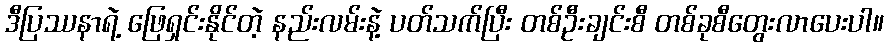
ဒီပြဿနာရဲ့ ဖြေရှင်းနိုင်တဲ့ နည်းလမ်းနဲ့ ပတ်သက်ပြီး တစ်ဦးချင်းစီ တစ်ခုစီတွေးလာပေးပါ။